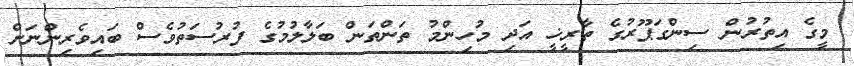
މީގެ އިތުރުން ސިންގަޕޫރުގެ ތާރީޚީ އަދި މުހިންމު ތަންތަން ބަލާލުމުގެ ފުރުސަތުވެސް ބައިވެރިންނަށް